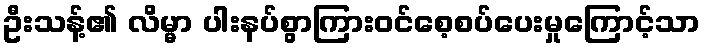
ဦးသန့်၏ လိမ္မာ ပါးနပ်စွာကြားဝင်စေ့စပ်ပေးမှုကြောင့်သာ